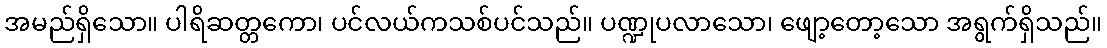
အမည်ရှိသော။ ပါရိဆတ္တကော၊ ပင်လယ်ကသစ်ပင်သည်။ ပဏ္ဍုပလာသော၊ ဖျော့တော့သော အရွက်ရှိသည်။